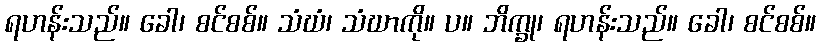
ရဟန်းသည်။ ခေါ၊ စင်စစ်။ သံဃံ၊ သံဃာကို။ ပ။ ဘိက္ခု၊ ရဟန်းသည်။ ခေါ၊ စင်စစ်။